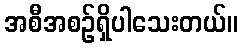
အစီအစဉ်ရှိပါသေးတယ်။